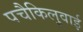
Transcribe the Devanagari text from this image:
पचैकिलुवाई